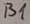
Text: B1